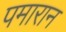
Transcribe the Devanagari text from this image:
पमारान